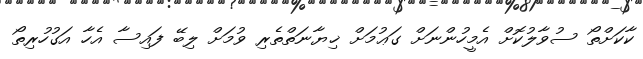
ކާކަށްތޯ ސުވާލުކޮށް އެމީހުންނަށް ގަޢުމަށް ޚިޔާނަތްތެރި ވުމަށް ލިބޭ ފައިސާ އެހާ އަގުހުރިތޯ